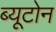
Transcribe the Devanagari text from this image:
ब्यूटोन